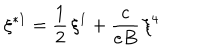
LaTeX: \xi ^ { \ast 1 } = \frac { 1 } { 2 } \, \xi ^ { 1 } + \frac { c } { e B } \, \xi ^ { 4 }